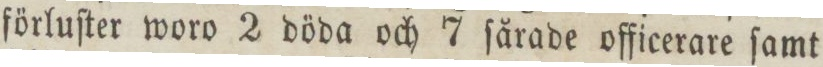
förluſter woro 2 döda och 7 ſårade officerare ſamt